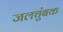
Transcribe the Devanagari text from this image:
जलचुंबक